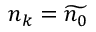
n _ { k } = \widetilde { n _ { 0 } }